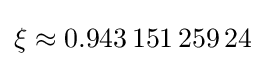
\xi \approx 0.943\,151\,259\,24